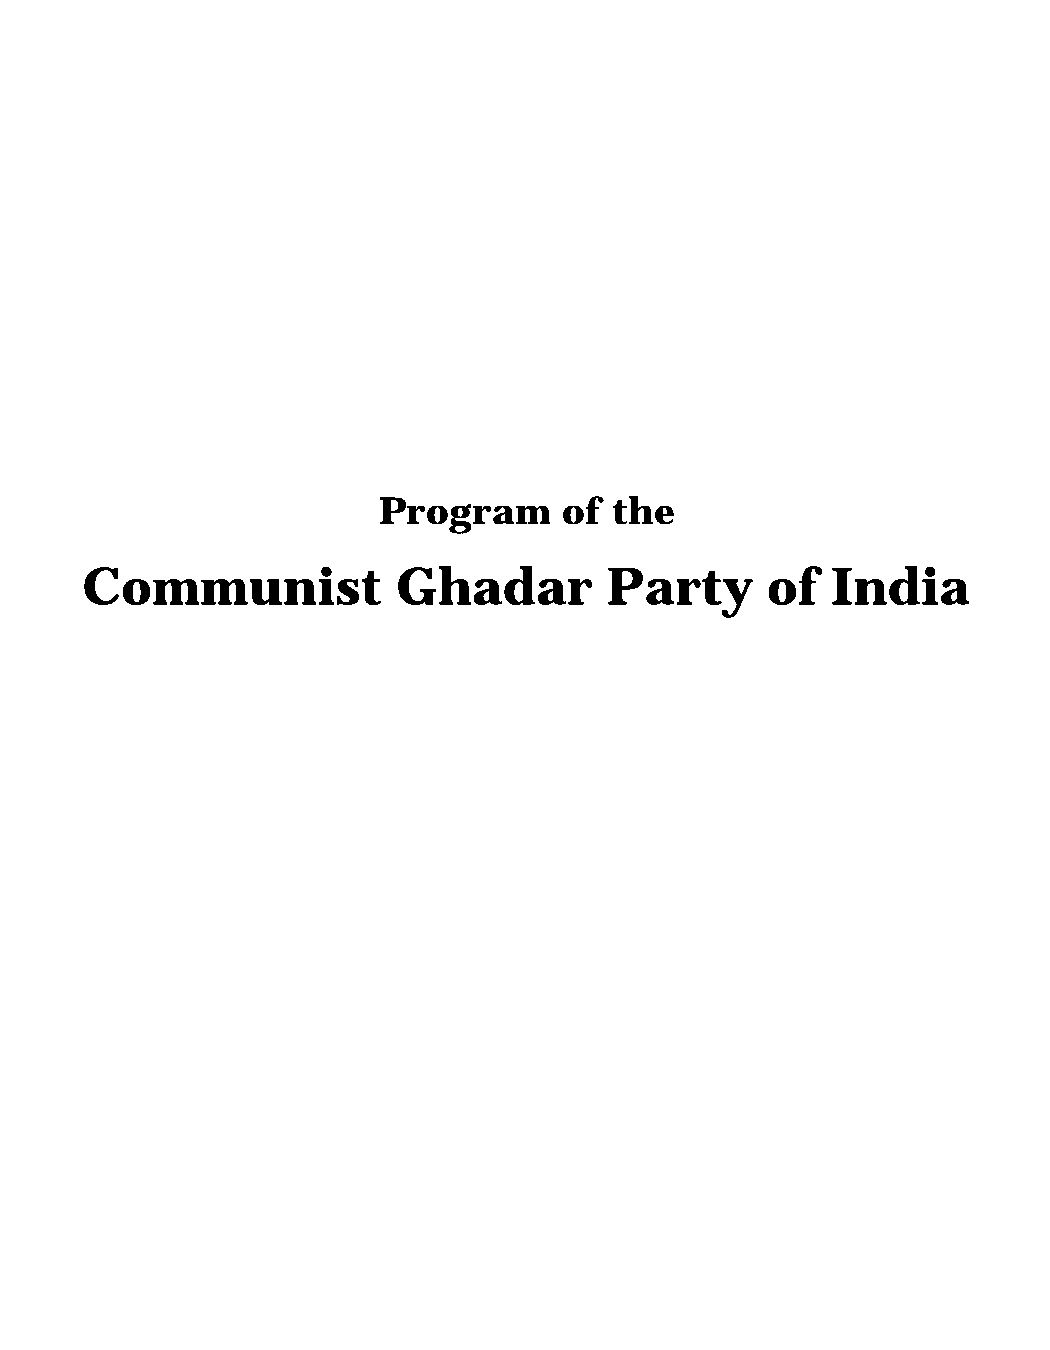
Program     of  the
 Communist            Ghadar        Party      of  India
 7